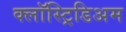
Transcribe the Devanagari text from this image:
क्लॉस्ट्रिडिअम